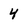
Character: 4